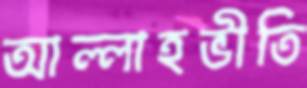
আল্লাহভীতি